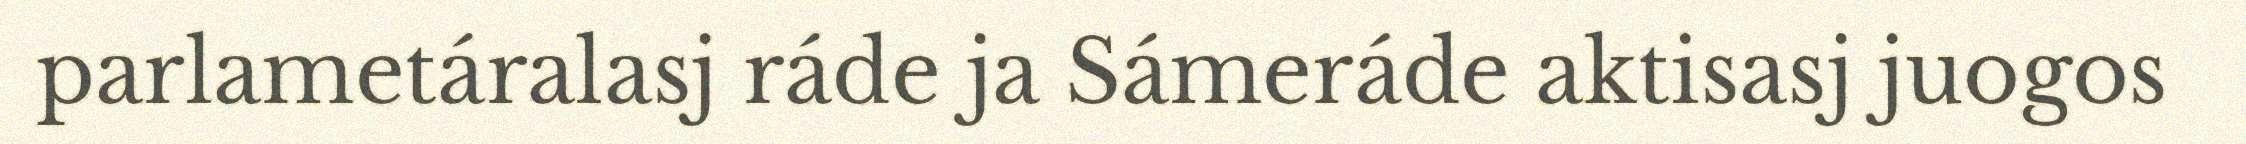
parlametáralasj ráde ja Sámeráde aktisasj juogos